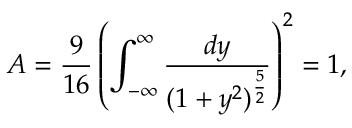
{ \cal A } = { \frac { 9 } { 1 6 } } \left( \int _ { - \infty } ^ { \infty } { \frac { d y } { ( 1 + y ^ { 2 } ) ^ { \frac { 5 } { 2 } } } } \right) ^ { 2 } = 1 ,